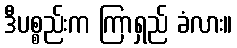
ဒီပစ္စည်းက ကြာရှည် ခံလား။